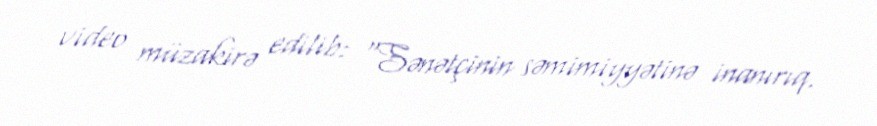
video müzakirə edilib: “Sənətçinin səmimiyyətinə inanırıq.